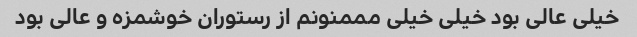
خیلی عالی بود خیلی خیلی مممنونم از رستوران خوشمزه و عالی بود